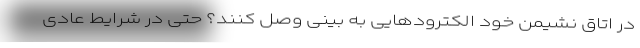
در اتاق نشیمن خود الکترودهایی به بینی وصل کنند؟ حتی در شرایط عادی